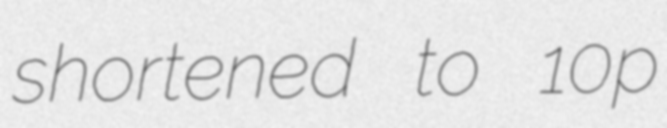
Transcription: shortened to 10p